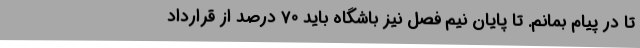
تا در پیام بمانم. تا پایان نیم فصل نیز باشگاه‌ باید 70 درصد از قرارداد